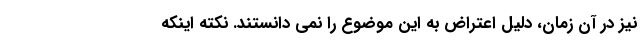
نیز در آن زمان، دلیل اعتراض به این موضوع را نمی دانستند. نکته اینکه